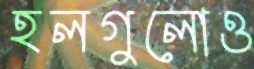
হলগুলোও